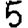
Digit: 5